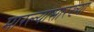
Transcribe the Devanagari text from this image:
मारल्यासारख्या